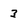
Character: 3